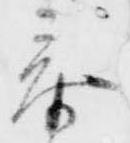
参